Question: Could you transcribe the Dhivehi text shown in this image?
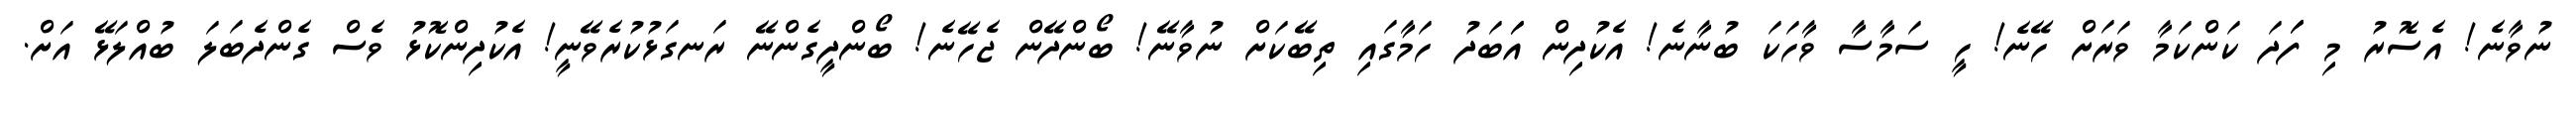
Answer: ނުވާނެ! އެސޮރު މި ފަަދަ ކަންކަމާ ވަރަށް ހޭނެ! ހީ ސަމާސާ ވާހަކަ ބުނާނެ! އެކުދިން އަަބަދު ހަމާގައި ތިބޭކަށް ނުވާނޭ! ބޯންދޭން ޖެހޭނެ! ބޯންދީގެންނޭ ރަނގަޅުކުރެވޭނީ! އެކުދިންކޮޅު ވެސް ގެންދެބަލަ ބުއްލަޅޭ އަށް.